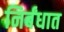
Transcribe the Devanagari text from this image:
निर्बंधात